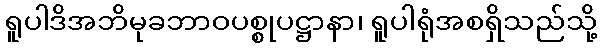
ရူပါဒိအဘိမုခဘာဝပစ္စုပဋ္ဌာနာ၊ ရူပါရုံအစရှိသည်သို့